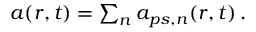
\begin{array} { r } { \boldsymbol { a } ( \boldsymbol { r } , t ) = \sum _ { n } ^ { } \boldsymbol { a } _ { \! \; \! p s , n } ( \boldsymbol { r } , t ) \, . } \end{array}